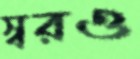
স্বরও